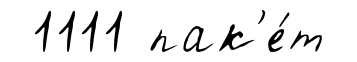
1111 пак'е́т